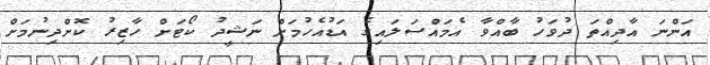
އަންނަ އާދިއްތަ ދުވަހު ބާއްވާ އެމައްސަލައިގެ އަޑުއެހުމަށް ނަޝީދު ކޯޓަށް ހާޒިރު ކޮށްދިނުމަށް